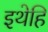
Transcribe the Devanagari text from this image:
इथेहि